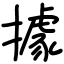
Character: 據